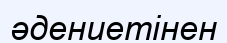
әдениетінен